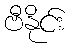
ဗီနိုင်း